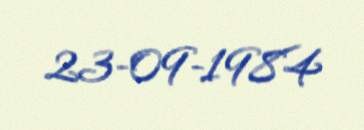
23-09-1984